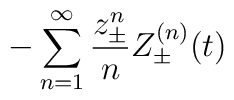
- \sum_{n=1}^{\infty} \frac{z_{\pm}^n}{n} Z_{\pm}^{(n)}(t)